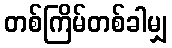
တစ်ကြိမ်တစ်ခါမျှ